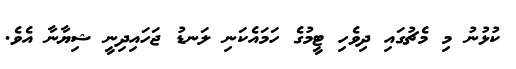
ކުޅުނު މި މެޗުގައި ދިވެހި ޓީމުގެ ހަމައެކަނި ލަނޑު ޖަހައިދިނީ ޝިޔާނާ އެވެ.